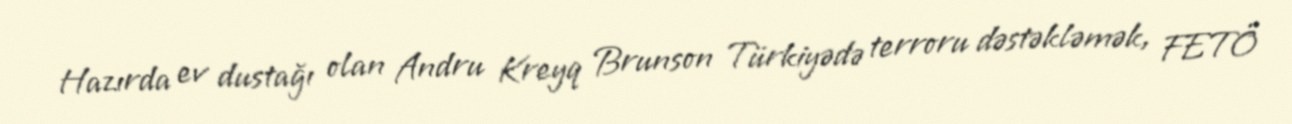
Hazırda ev dustağı olan Andru Kreyq Brunson Türkiyədə terroru dəstəkləmək, FETÖ